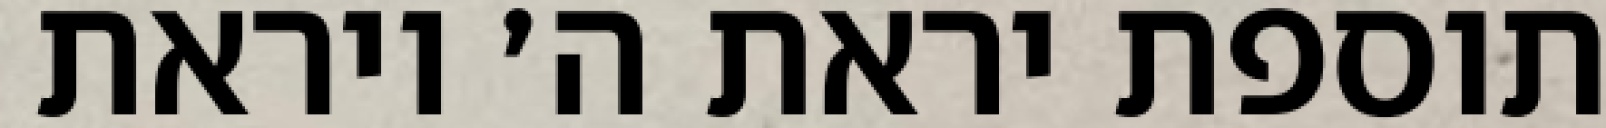
תוספת יראת ה׳ ויראת